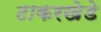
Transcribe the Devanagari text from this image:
टाकरखेडे